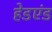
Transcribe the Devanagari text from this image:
हेडएंड